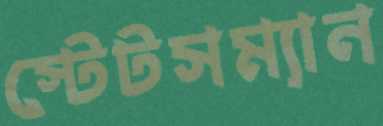
স্টেটসম্যান